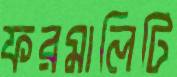
ফরমালিটি